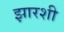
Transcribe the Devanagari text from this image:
झारशी